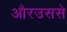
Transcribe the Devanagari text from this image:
औरउससे